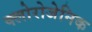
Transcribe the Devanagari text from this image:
क्लोरोजेनिक